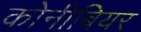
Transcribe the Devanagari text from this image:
कोनीबियर